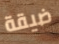
ضيقة